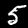
Digit: 5